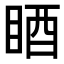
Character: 𥆺